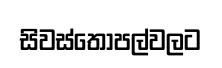
සිවස්තෝපල්වලට